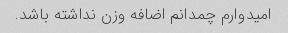
امیدوارم چمدانم اضافه وزن نداشته باشد.